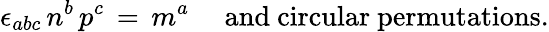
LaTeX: \epsilon_{abc}\, n^{b}\, p^{c}\, =\, m^{a}\, \, \, \, \, \, \mathrm{~and~circular~permutations.}